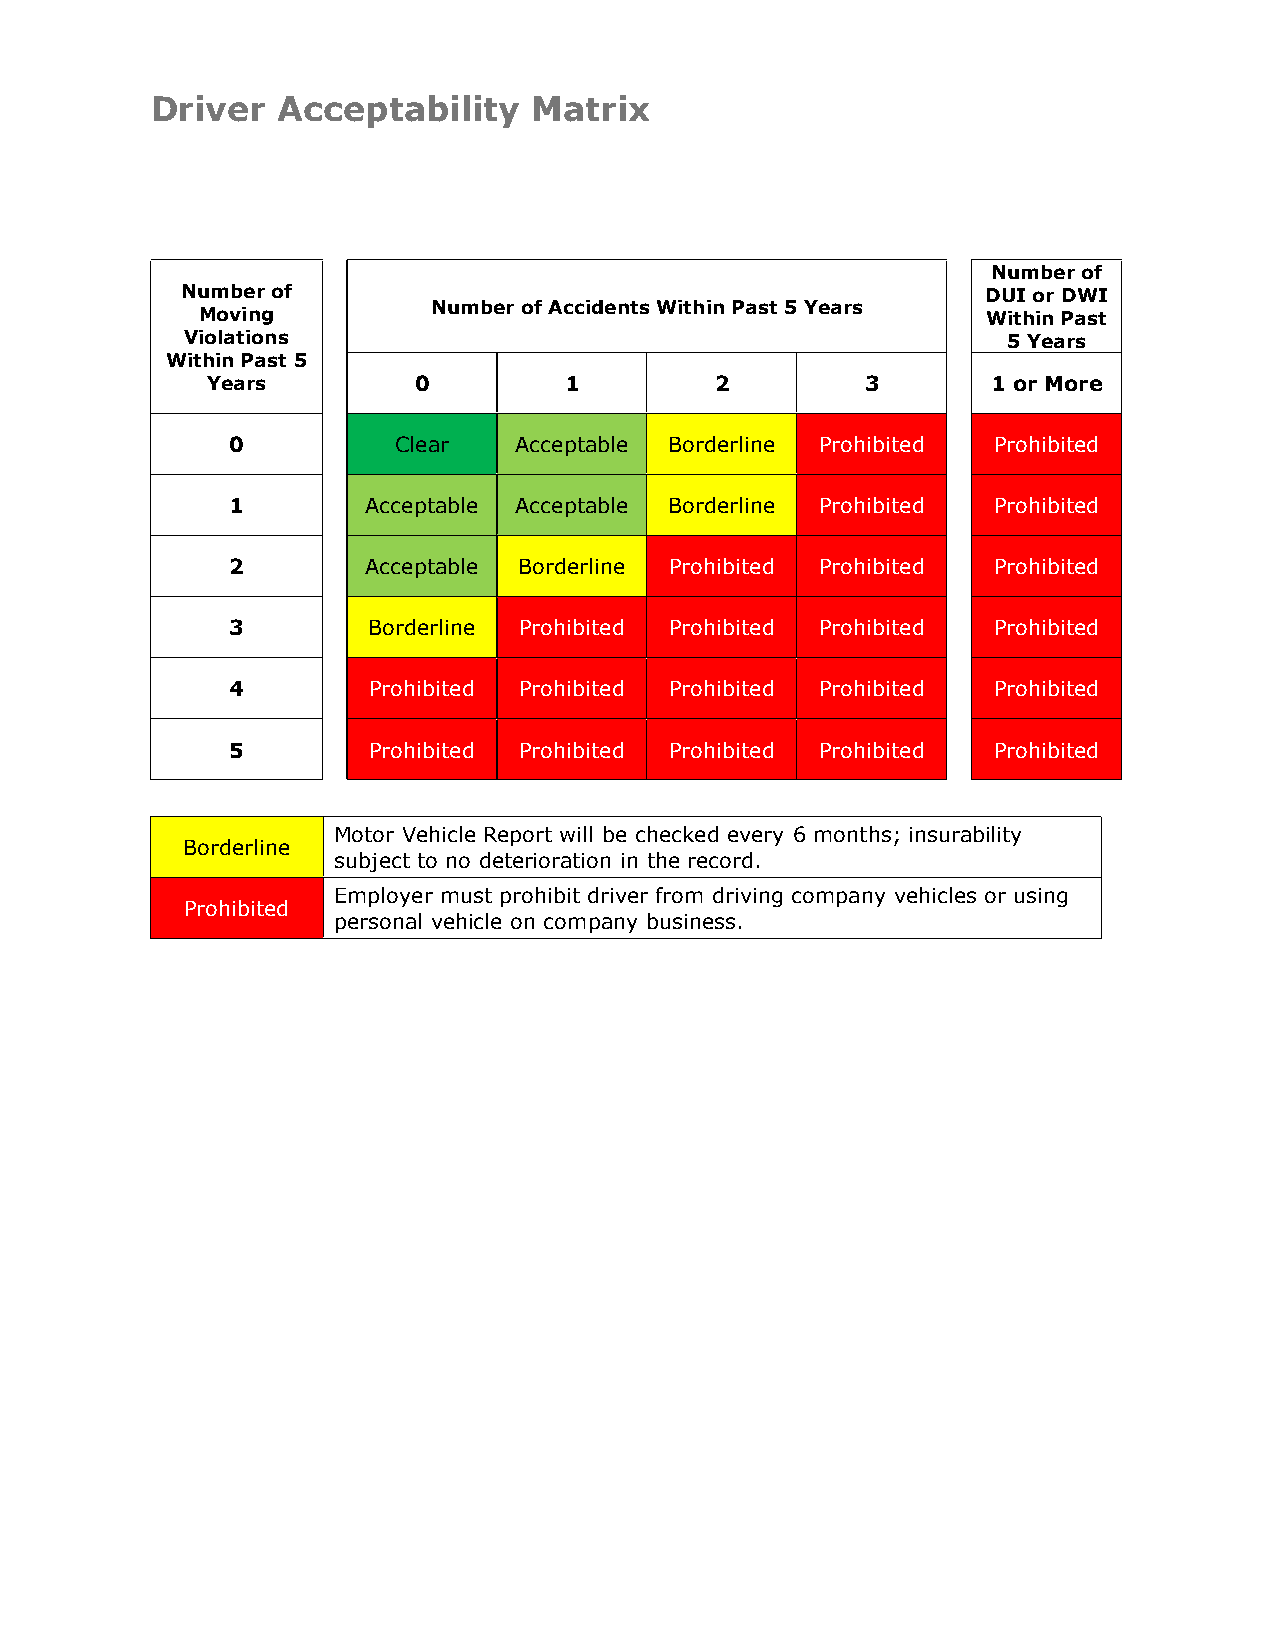
Driver  Acceptability    Matrix
 Number of
 Number of                                            DUI or DWI
 Number of Accidents Within Past 5 Years
 Moving                                              Within Past
 Violations                                             5 Years
 Within Past 5
 Years        0         1         2         3        1 or More
 0          Clear   Acceptable Borderline Prohibited Prohibited
 1        Acceptable Acceptable Borderline Prohibited Prohibited
 2        Acceptable Borderline Prohibited Prohibited Prohibited
 3        Borderline Prohibited Prohibited Prohibited Prohibited
 4        Prohibited Prohibited Prohibited Prohibited Prohibited
 5        Prohibited Prohibited Prohibited Prohibited Prohibited
 Motor Vehicle Report will be checked every 6 months; insurability
 Borderline
 subject to no deterioration in the record.
 Employer must prohibit driver from driving company vehicles or using
 Prohibited
 personal vehicle on company business.